Source: Handwritten
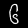
Digit: ၆ (6)